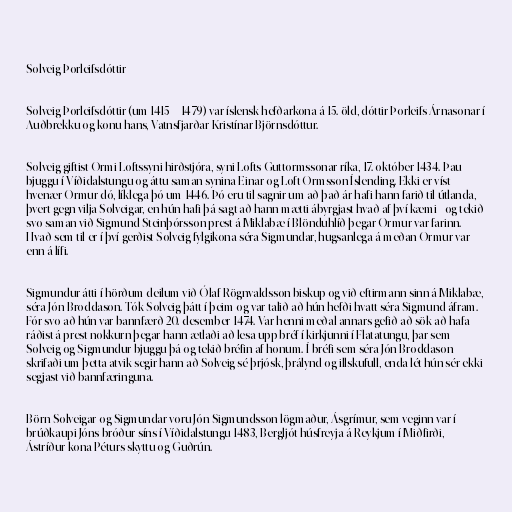
Solveig Þorleifsdóttir

Solveig Þorleifsdóttir (um 1415 – 1479) var íslensk hefðarkona á 15. öld, dóttir Þorleifs Árnasonar í
Auðbrekku og konu hans, Vatnsfjarðar-Kristínar Björnsdóttur.

Solveig giftist Ormi Loftssyni hirðstjóra, syni Lofts Guttormssonar ríka, 17. október 1434. Þau
bjuggu í Víðidalstungu og áttu saman synina Einar og Loft Ormsson Íslending. Ekki er víst
hvenær Ormur dó, líklega þó um 1446. Þó eru til sagnir um að það ár hafi hann farið til útlanda,
þvert gegn vilja Solveigar, en hún hafi þá sagt að hann mætti ábyrgjast hvað af því kæmi - og tekið
svo saman við Sigmund Steinþórsson prest á Miklabæ í Blönduhlíð þegar Ormur var farinn.
Hvað sem til er í því gerðist Solveig fylgikona séra Sigmundar, hugsanlega á meðan Ormur var
enn á lífi.

Sigmundur átti í hörðum deilum við Ólaf Rögnvaldsson biskup og við eftirmann sinn á Miklabæ,
séra Jón Broddason. Tók Solveig þátt í þeim og var talið að hún hefði hvatt séra Sigmund áfram.
Fór svo að hún var bannfærð 20. desember 1474. Var henni meðal annars gefið að sök að hafa
ráðist á prest nokkurn þegar hann ætlaði að lesa upp bréf í kirkjunni í Flatatungu, þar sem
Solveig og Sigmundur bjuggu þá og tekið bréfin af honum. Í bréfi sem séra Jón Broddason
skrifaði um þetta atvik segir hann að Solveig sé þrjósk, þrálynd og illskufull, enda lét hún sér ekki
segjast við bannfæringuna.

Börn Solveigar og Sigmundar voru Jón Sigmundsson lögmaður, Ásgrímur, sem veginn var í
brúðkaupi Jóns bróður síns í Víðidalstungu 1483, Bergljót húsfreyja á Reykjum í Miðfirði,
Ástríður kona Péturs skyttu og Guðrún.